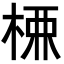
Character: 𭪚